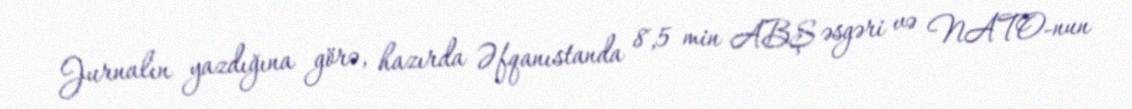
Jurnalın yazdığına görə, hazırda Əfqanıstanda 8,5 min ABŞ əsgəri və NATO-nun